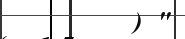
٤) "